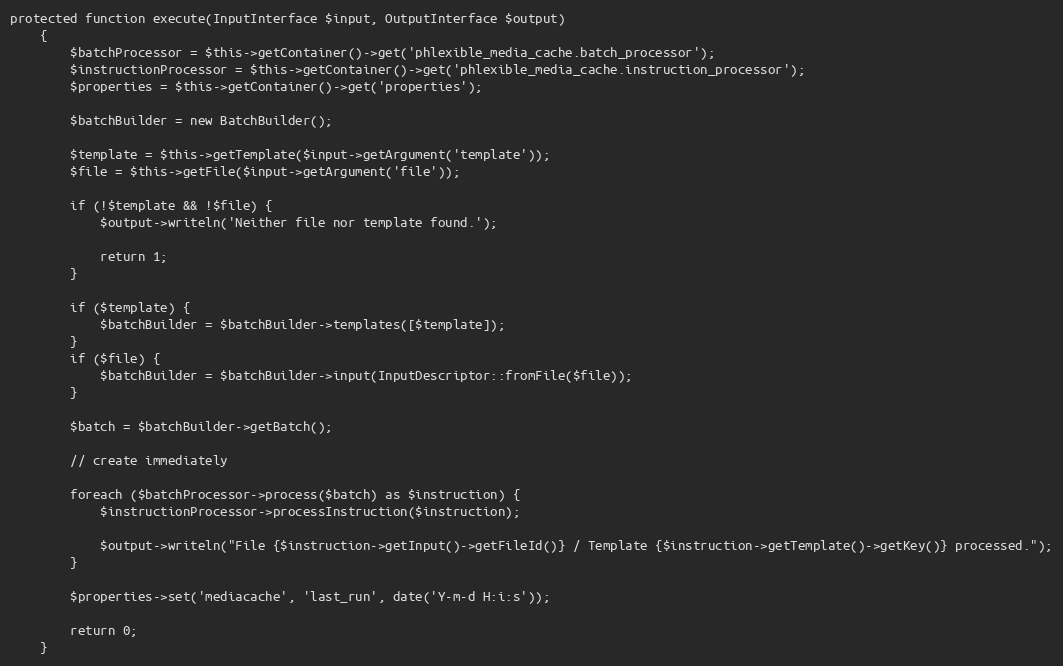
Language: PHP
protected function execute(InputInterface $input, OutputInterface $output)
    {
        $batchProcessor = $this->getContainer()->get('phlexible_media_cache.batch_processor');
        $instructionProcessor = $this->getContainer()->get('phlexible_media_cache.instruction_processor');
        $properties = $this->getContainer()->get('properties');

        $batchBuilder = new BatchBuilder();

        $template = $this->getTemplate($input->getArgument('template'));
        $file = $this->getFile($input->getArgument('file'));

        if (!$template && !$file) {
            $output->writeln('Neither file nor template found.');

            return 1;
        }

        if ($template) {
            $batchBuilder = $batchBuilder->templates([$template]);
        }
        if ($file) {
            $batchBuilder = $batchBuilder->input(InputDescriptor::fromFile($file));
        }

        $batch = $batchBuilder->getBatch();

        // create immediately

        foreach ($batchProcessor->process($batch) as $instruction) {
            $instructionProcessor->processInstruction($instruction);

            $output->writeln("File {$instruction->getInput()->getFileId()} / Template {$instruction->getTemplate()->getKey()} processed.");
        }

        $properties->set('mediacache', 'last_run', date('Y-m-d H:i:s'));

        return 0;
    }